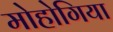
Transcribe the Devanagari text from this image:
मोहोगिया